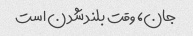
جان، وقت بلند شدن است